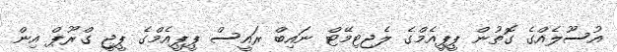
އުސޫލެއްގެ ގޮތުން ޕީޕީއެމްގެ ލެޖިޓިމޭޓް ނައިބް ރައީސް ޕީޕީއެމްގެ ޕީޖީ ގްރޫޕް އިން